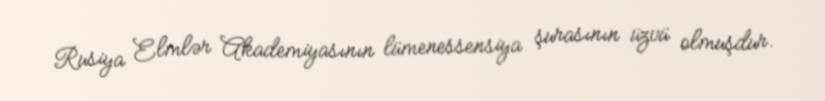
Rusiya Elmlər Akademiyasının lümenessensiya şurasının üzvü olmuşdur.